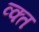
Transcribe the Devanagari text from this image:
व्क्त